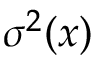
\sigma ^ { 2 } ( x )